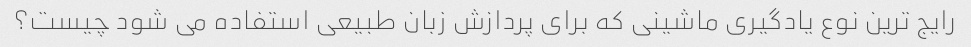
رایج ترین نوع یادگیری ماشینی که برای پردازش زبان طبیعی استفاده می شود چیست؟